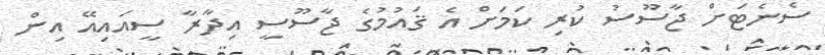
ސެނެޓަށް ޖާސޫސު ކުރި ކަމަށް އެ ޤައުމުގެ ޖާސޫސީ އިދާރާ ސީއައިއޭ އިން